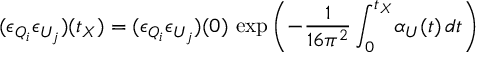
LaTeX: ( \epsilon _ { Q _ { i } } \epsilon _ { U _ { j } } ) ( t _ { X } ) = ( \epsilon _ { Q _ { i } } \epsilon _ { U _ { j } } ) ( 0 ) \, \exp \left( - \frac { 1 } { 1 6 \pi ^ { 2 } } \int _ { 0 } ^ { t _ { X } } \! \alpha _ { U } ( t ) \, d t \right)